Scottish Leaving Certificate Examination, 1953
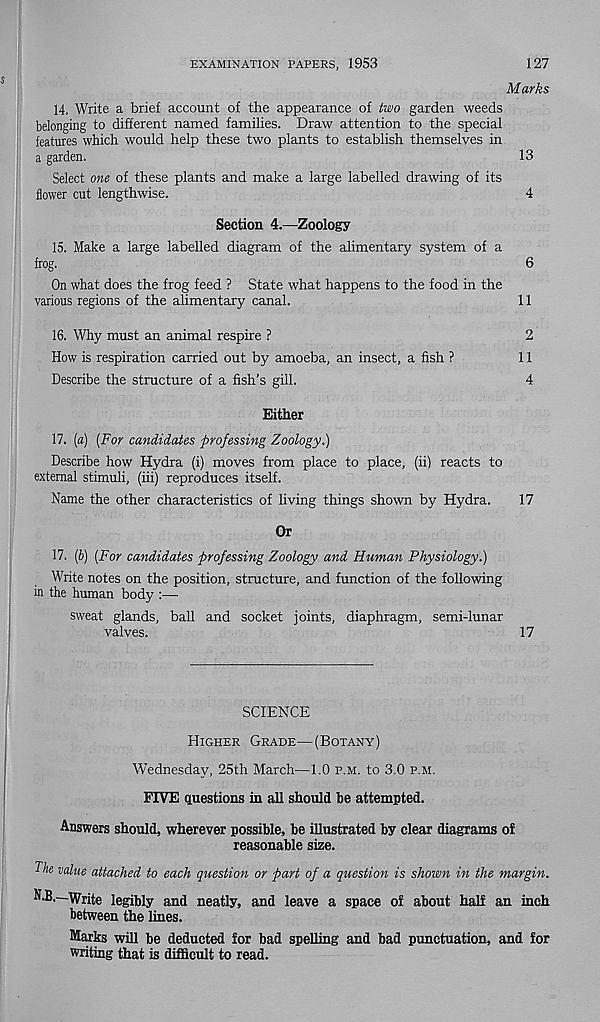
EXAMINATION PAPERS, 1953
127
Marks
14. Write a brief account of the appearance of two garden weeds
belonging to different named families. Draw attention to the special
features which would help these two plants to establish themselves in
a garden.
13
Select one of these plants and make a large labelled drawing of its
flower cut lengthwise.
4
Section 4.—Zoology
15. Make a large labelled diagram of the alimentary system of a
frog.
6
On what does the frog feed ? State what happens to the food in the
various regions of the alimentary canal.
11
16. Why must an animal respire ?
2
How is respiration carried out by amoeba, an insect, a fish ?
11
Describe the structure of a fish’s gill.
4
Either
17. [a) (For candidates professing Zoology.)
Describe how Hydra (i) moves from place to place, (ii) reacts to
external stimuli, (iii) reproduces itself.
Name the other characteristics of living things shown by Hydra.
17
Or
17. (b) (For candidates professing Zoology and Human Physiology.)
Write notes on the position, structure, and function of the following
in the human body :—•
sweat glands, ball and socket joints, diaphragm, semi-lunar
valves.
17
SCIENCE
Higher Grade—(Botany)
Wednesday, 25th March—1.0 p.m. to 3.0 p.m.
FIVE questions in all should be attempted.
Answers should, wherever possible, be illustrated by clear diagrams of
reasonable size.
The value attached to each question or part of a question is shown in the margin.
N.B.—Write legibly and neatly, and leave a space of about half an inch
between the lines.
Marks will be deducted for bad spelling and bad punctuation, and for
writing that is difficult to read.